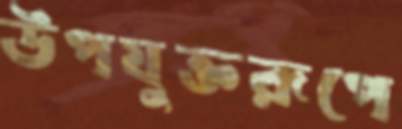
উপযুক্তরূপে